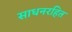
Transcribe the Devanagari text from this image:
साधनरहित